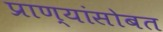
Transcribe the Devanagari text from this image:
प्राण्यांसोबत